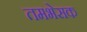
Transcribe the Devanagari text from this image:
तमभेसक